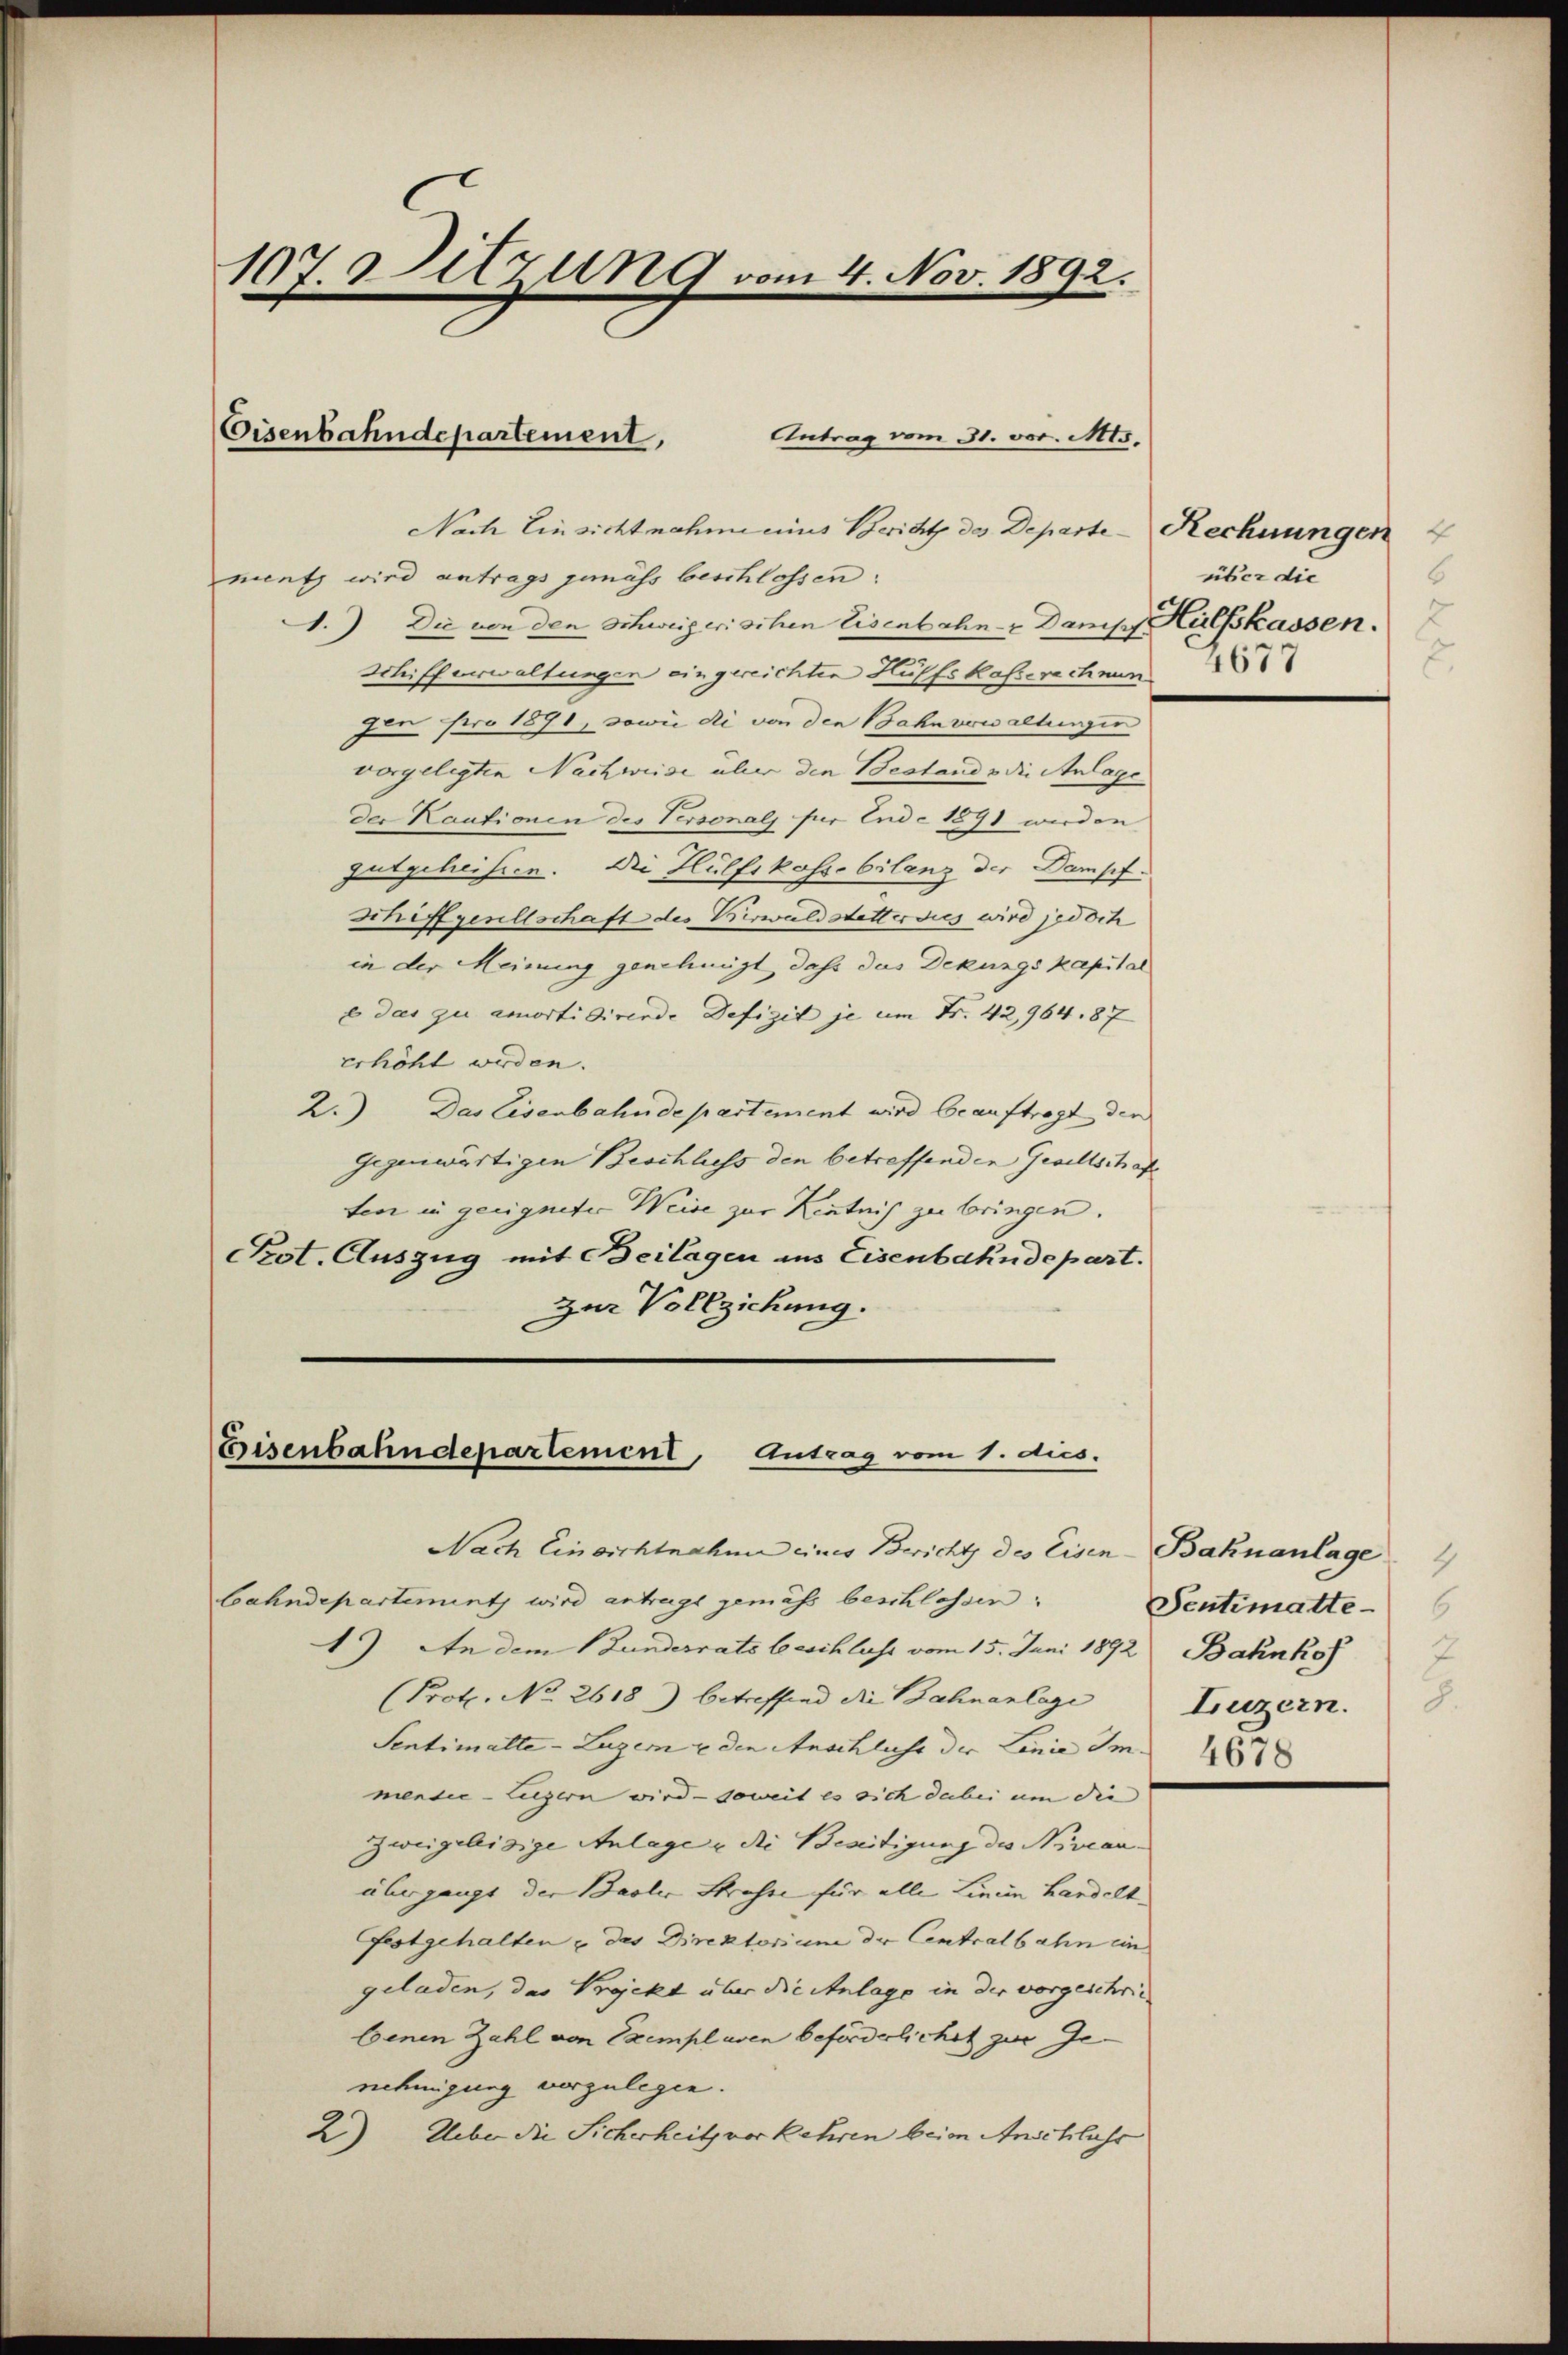
Antrag vom 31. vor. Mts.
Nach Einsicht nahme eins Bericht das Departe-Rechnungen
ment wird antrags gemäss beschlossen:
1.) Die von den schweizerischen Eisenbahn- & Dans Hülfskassen.
Schifferwaltungen eingereichten Hülfskasserechnen
fon pro 1891, sowie die von den Bahnverwaltungen
vorgelegten Nachweise über den Bestand & die Anlage
der Kautionen des Versonals für Ende 1891 werden
gutgeheissen. Die Hülfskasse bilanz der Dampf-
Schiffgesellschaft des Verwald stetter dies wird jedoch
in der Meinung genehmigt, dass das Dekungs kapital
E das zu amorti dirende Defizit je um Fr. 42,964. 87
erhöht werden.
2.) Das Eisenbahndepartement wird beauftragt den
Gegenwärtigen Beschluss den betreffenden Gesellschaf
ten in geeigneter Weise zur Kentnis zu bringen.
Pot. Auszug mit Beilagen ins Eisenbahndepart.
zur Vollziehung.

107. Sitzung vom 4. Nov. 1892.

Eisenbahndepartement,

Eisenbahndepartement, Antrag vom 1. dies.
Nach Einsichtnahme eines Bericht des Eisen-Bahnanlage

bahndepartement wird antragt gemäss beschlossen:
1) An dem Bunderrats beschluss vom 15. Juni 1892 Bahnko
(Prot. No 2618) betreffend die Bahnanlage Luzern
Sentimalte - Luzern u den Anschlicht der Linie Im
mendie- Liegern wird - soweit es sich dabei um die |
Zweigeleisige Anlage u die Beseitigung des Niveauübergangt der Basler Strasse für alle Linien handelt¬
Festgehalten & das Direktorium der Centralbahn ein
geladen, das Projekt über die Anlage in der vorgeschriebenen Zahl von Exemplaren beförderlichet zur Ge-
nehmigung vorzulegen.
2) Ueber die Sicherheits vorkehren beim Anschluss

über die
C

1
Sentimatte
d